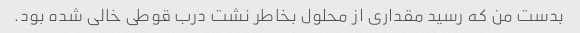
بدست من که رسید مقداری از محلول بخاطر نشت درب قوطی خالی شده بود.